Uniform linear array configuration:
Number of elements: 24
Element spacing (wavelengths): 0.25
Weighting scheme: blackman
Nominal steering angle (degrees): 15
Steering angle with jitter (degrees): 15.01
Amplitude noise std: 0.05
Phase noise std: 0.05

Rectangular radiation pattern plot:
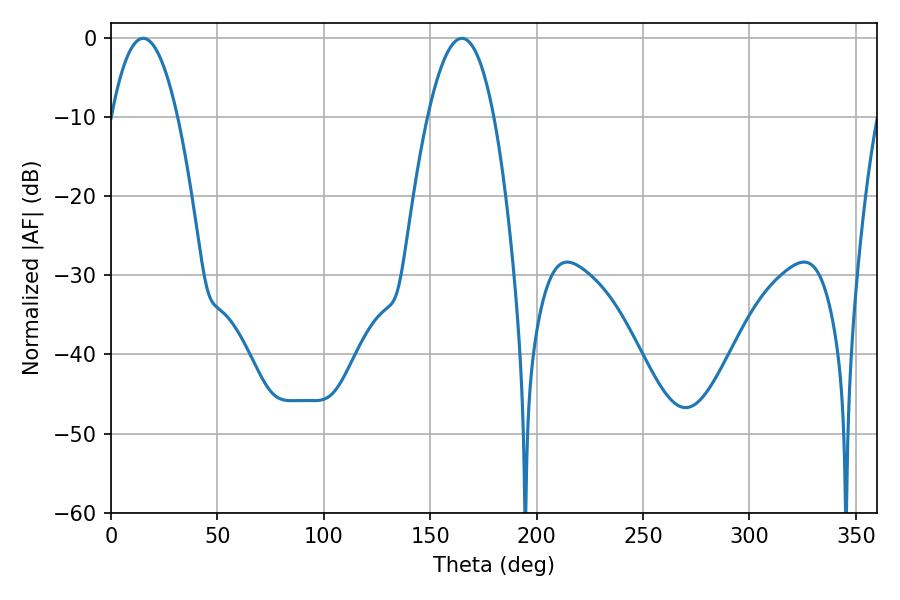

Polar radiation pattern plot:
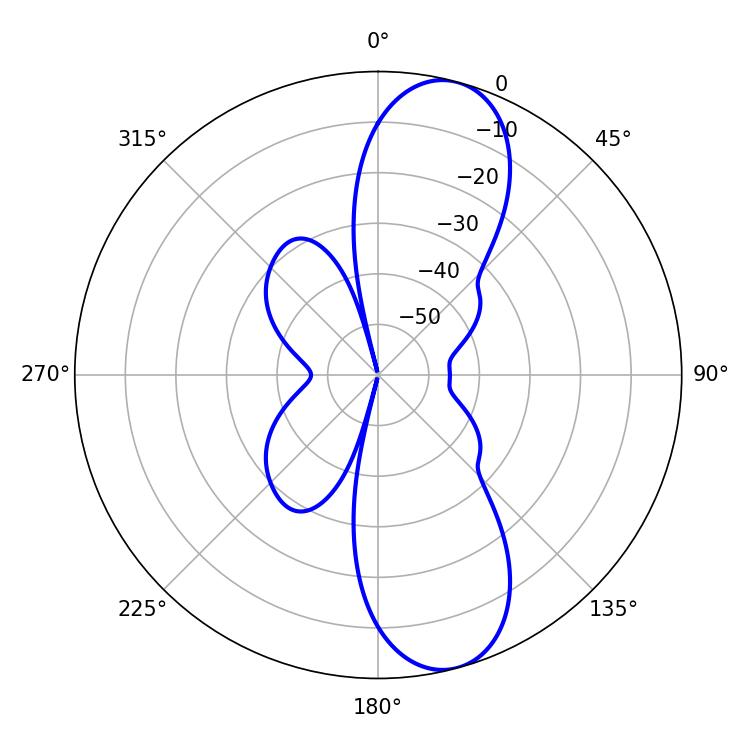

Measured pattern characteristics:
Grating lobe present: FALSE
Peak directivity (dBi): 10.73
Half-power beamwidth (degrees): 17.28
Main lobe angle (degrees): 15.12